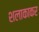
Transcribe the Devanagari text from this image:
शलाकाकर